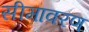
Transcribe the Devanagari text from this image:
सीमावरण